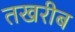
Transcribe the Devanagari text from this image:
तखरीब